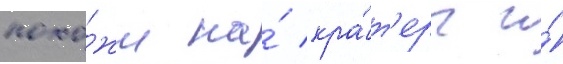
похо́жи на́ кра́т'еры и́